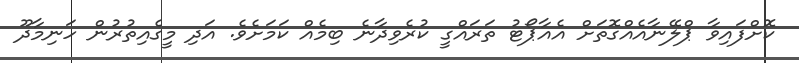
ކޮށްފައިވާ ޕްލޭނާއެއްގޮތަށް އެއާޕޯޓު ތަރައްގީ ކުރެވިދާނެ ބިމެއް ކަމަށެވެ. އަދި މީގެއިތުރުން ހަނިމާދޫ